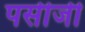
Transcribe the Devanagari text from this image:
पसीजी